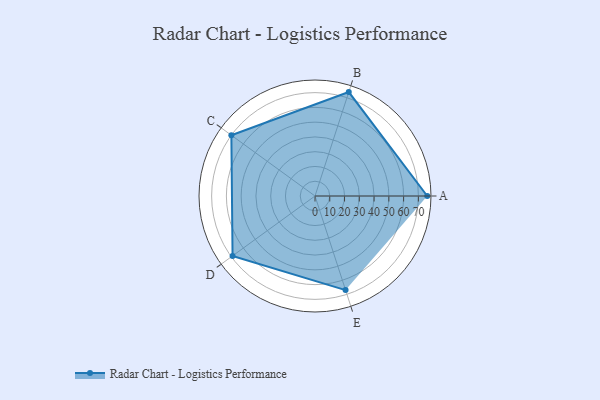
{"axis": {"x": "Skill", "y": "Score"}, "legend": ["Profile"], "data": [{"x": "A", "y": 76.0, "type": "Profile"}, {"x": "B", "y": 74.0, "type": "Profile"}, {"x": "C", "y": 70.0, "type": "Profile"}, {"x": "D", "y": 69.0, "type": "Profile"}, {"x": "E", "y": 67.0, "type": "Profile"}]}